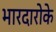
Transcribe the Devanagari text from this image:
भारदारोके